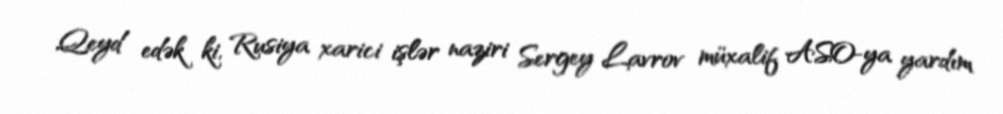
Qeyd edək ki, Rusiya xarici işlər naziri Sergey Lavrov müxalif ASO-ya yardım